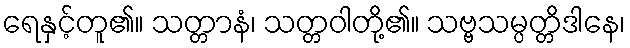
ရေနှင့်တူ၏။ သတ္တာနံ၊ သတ္တဝါတို့၏။ သဗ္ဗသမ္ပတ္တိဒါနေ၊